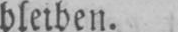
bleiben.